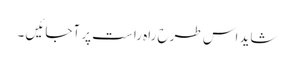
شاید اس طرح راہ راست پر آجائیں ۔